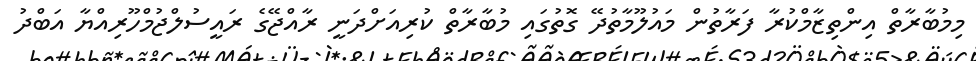
މިމުބާރާތް އިންތިޒާމްކުރާ ފަރާތުން މައުލޫމާތުދޭ ގޮތުގައި މުބާރާތް ކުރިއަށްދަނީ ރާއްޖޭގެ ރައީސުލްޖުމްހޫރިއްޔާ އަބްދު